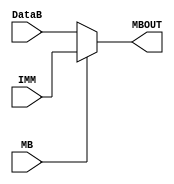
module cpu_muxMB(DataB,IMM,MB,MBOUT);

input  [7:0] DataB;
input  [7:0] IMM;
input  	    MB;
output [7:0] MBOUT;

assign MBOUT = (MB == 1'b0) ? DataB : IMM;

endmodule